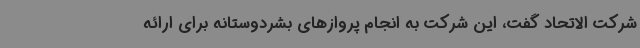
شرکت الاتحاد گفت، این شرکت به انجام پروازهای بشردوستانه برای ارائه